On the importance of larval characters in the classification of mosquitoes - Number 25
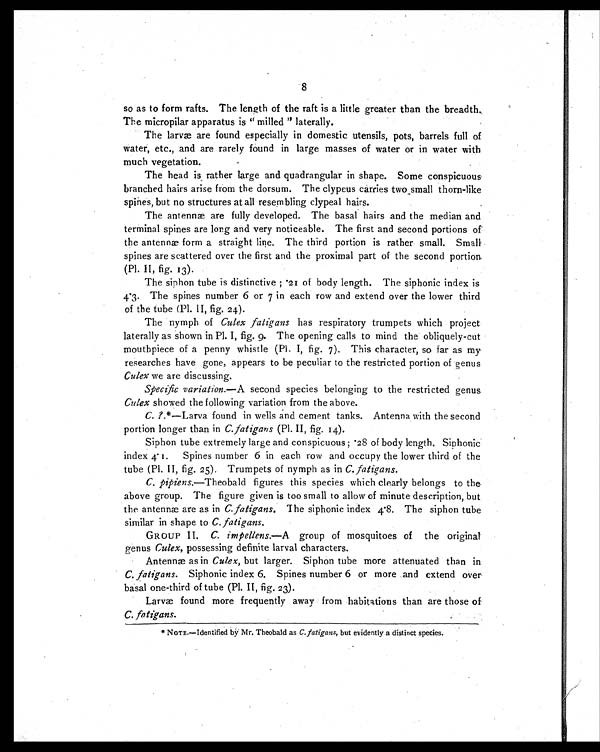
8
so as to form rafts. The length of the raft is a little greater than the breadth.
The micropilar apparatus is "milled" laterally.
The larvæ are found especially in domestic utensils, pots, barrels full of
water, etc., and are rarely found in large masses of water or in water with
much vegetation.
The head is, rather large and quadrangular in shape. Some conspicuous
branched hairs arise from the dorsum. The clypeus carries two small thorn-like
spines, but no structures at all resembling clypeal hairs.
The antennæ are fully developed. The basal hairs and the median and
terminal spines are long and very noticeable. The first and second portions of
the antennæ form a straight line. The third portion is rather small. Small
spines are scattered over the first and the proximal part of the second portion
(Pl. II, fig. 13).
The siphon tube is distinctive ; .21 of body length. The siphonic index is
4.3. The spines number 6 or 7 in each row and extend over the lower third
of the tube (Pl. II, fig. 24).
The nymph of Culex fatigans has respiratory trumpets which project
laterally as shown in Pl. I, fig. 9. The opening calls to mind the obliquely-cut
mouthpiece of a penny whistle (Pl. I, fig. 7). This character, so far as my
researches have gone, appears to be peculiar to the restricted portion of genus
Culex we are discussing.
Specific variation.— A second species belonging to the restricted genus
Culex showed the following variation from the above.
C. ?. *—Larva found in wells and cement tanks. Antenna with the second
portion longer than in C. fatigans (Pl. II, fig. 14).
Siphon tube extremely large and conspicuous ; .28 of body length. Siphonic
index 4.1. Spines number 6 in each row and occupy the lower third of the
tube (Pl. II, fig. 25). Trumpets of nymph as in C. fatigans.
C. pipiens. —Theobald figures this species which clearly belongs to the
above group. The figure given is too small to allow of minute description, but
the antennæ are as in C. fatigans. The siphonic index 4.8. The siphon tube
similar in shape to C. fatigans.
GROUP II. C. impellens.—A group of mosquitoes of the original
genus Culex, possessing definite larval characters.
Antennæ as in Culex, but larger. Siphon tube more attenuated than in
C. fatigans. Siphonic index 6. Spines number 6 or more and extend over
basal one-third of tube (Pl. II, fig. 23).
Larvæ found more frequently away from habitations than are those of
C. fatigans.
* NOTE.—Identified by Mr. Theobald as C. fatigans, but evidently a distinct species.